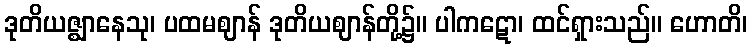
ဒုတိယဇ္ဈာနေသု၊ ပထမဈာန် ဒုတိယဈာန်တို့၌။ ပါကဋော၊ ထင်ရှားသည်။ ဟောတိ၊